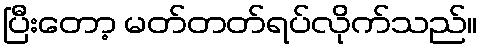
ပြီးတော့ မတ်တတ်ရပ်လိုက်သည်။